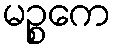
မဉ္စကေ